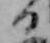
日